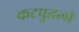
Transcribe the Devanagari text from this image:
कटपुतली